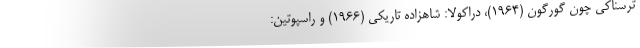
ترسناکی چون گورگون (۱۹۶۴)، دراکولا: شاهزاده تاریکی (۱۹۶۶) و راسپوتین: